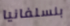
بنسلفانيا